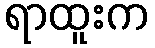
ရာထူးက